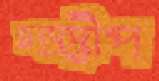
চন্দ্রদ্বীপ